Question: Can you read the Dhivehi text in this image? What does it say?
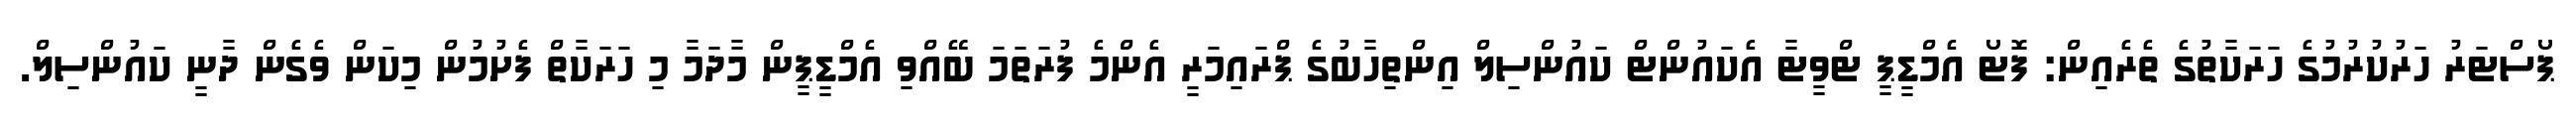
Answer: ޕޯސްޓަރު ހަރުކުރުމުގެ ހަރަކާތުގެ ތެރެއިން: ފޮޓޯ އެމްޑީޕީ ޓްވީޓާ އެކައުންޓް ކައުންސިލް އިންތިހާބުގެ ޕްރައިމަރީ އެންމެ ފުރަތަމަ ބޭއްވި އެމްޑީޕީން މާދަމާ މި ހަރަކާތް ފެށުމުން މިކަން ވެގެން ދާނީ ކައުންސިލް.